Lunatic asylums Madras 1877-1891 - 1877-1891
Year: 1877
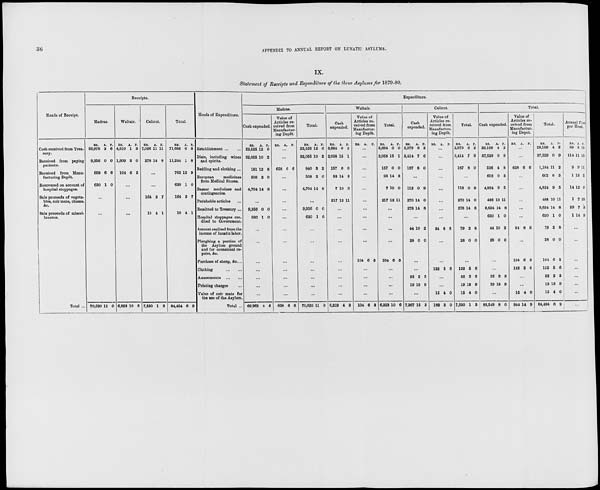
36
APPENDIX TO ANNUAL REPORT ON LUNATIC ASYLUMS.
IX.
Statement of Receipts and Expenditure of the three Asylums for 1879-80.
Heads of Receipt.
Cash received from Trea-
sury.
Received from paying
patients.
Received from Manu-
facturing Depôt.
Recovered on account of
hospital stoppages.
Sale proceeds of vegeta-
bles, coir mats, chama,
&c.
Sale proceeds of miscel-
laneous.
Total ...
Receipts.
Madras.
RS.
59,976
9,356
658
630
A.
3
0
6
1
P.
6
0
6
0
...
...
70,620 11 0
Waltair.
RS.
4,610
1,609
104
A.
1
3
6
P.
3
0
3
...
...
...
6,323 10 6
Calicut.
RS.
7,096
278
A.
11
14
P.
11
8
...
...
164
10
2
4
7
1
7,550 1 3
Total.
RS.
71,683
11,244
762
630
164
10
A.
0
1
12
1
2
4
P.
8
8
9
0
7
1
84,494 6 9
Heads of Expenditure.
Establishment
...
...
Diets, including wines
and spirits.
Bedding and clothing ...
European
medicines
from Medical Stores.
Bazaar medicines and
contingencies.
Perishable articles ...
Remitted to Treasury ...
Hospital stoppages cre-
dited to Government.
Amount realized from the
income of lunatic labor.
Ploughing a portion of
the Asylum ground
and for occasional re-
pairs, &c.
Purchase of sheep, &c....
Clothing
...
...
Amusements
...
...
Printing charges ...
Value of coir mats for
the use of the Asylum.
Total ...
Expenditure.
Madras.
Cash expended.
RS.
22,525
32,055
181
508
4,704
A.
12
10
12
2
14
P.
0
2
8
0
8
...
9,356
630
0
1
0
0
...
...
...
...
...
...
...
69,962 4 6
Value of
Articles re-
ceived from
Manufactur-
ing Depôt.
RS. A. P.
...
...
658 6 6
...
...
...
...
...
...
...
...
...
...
...
...
658 6 6
Total.
RS.
22,525
32,055
840
508
4,704
A.
12
10
3
2
14
P.
0
2
2
0
8
...
9,356
630
0
1
0
0
...
...
...
...
...
...
...
70,620 11 0
Waltair.
Cash
expended.
RS.
3,684
2,058
157
93
7
217
A.
0
15
0
14
10
12
P.
0
1
0
3
0
11
...
...
...
...
...
...
...
...
...
6,219 4 3
Value of
Articles re-
ceived from
Manufactur-
ing Depôt.
RS. A.
P.
...
...
...
...
...
...
...
...
...
...
104 6 3
...
...
...
...
104 6 3
Total.
RS.
3,684
2,058
157
93
7
217
A.
0
15
0
14
10
12
P.
0
1
0
3
0
11
...
...
...
...
104 6 3
...
...
...
6,323 10 6
Calicut.
Cash
expended.
RS.
2,979
3,414
187
A.
8
7
8
P.
2
6
0
...
112
270
278
0
14
14
9
0
8
...
44
28
10
0
2
0
...
...
32
19
2
13
3
9
...
7,367 15 3
Value of
Articles re-
ceived from
Manufactur-
ing Depôt.
RS. A. P.
...
...
...
...
...
...
...
...
34 8 6
...
...
132 5 6
...
...
15
182
4
2
0
0
Total.
RS.
2,979
3,414
187
A.
8
7
8
P.
2
6
0
...
112
270
278
0
14
14
9
0
8
...
79
28
2
0
8
0
...
132
32
19
15
7,550
5
2
13
4
1
6
3
9
0
3
Total.
Cash expended.
RS.
29,189
37,529
526
602
4,824
488
9,634
630
44
28
A.
4
0
4
0
9
10
14
1
10
0
P.
2
9
8
3
5
11
8
0
2
0
...
...
32
19
2
13
3
9
...
83,549 8 0
Value of
Articles re-
ceived from
Manufactur-
ing Depot.
RS. A. P.
...
...
658 6 6
...
...
...
...
...
34 8 6
...
104
132
6
5
3
6
...
...
15
944
4
14
0
9
Total.
RS.
29,189
37,529
1,184
602
4,824
488
9,634
630
79
28
104
132
32
19
15
84,494
A.
4
0
11
0
9
10
14
1
2
0
6
5
2
13
4
6
P.
2
9
2
3
5
11
8
0
8
0
3
6
3
9
0
9
Annual Cost
per Head.
RS.
89
114
3
1
14
1
29
1
A.
3
11
9
13
12
7
7
14
P.
10
10
11
5
0
10
3
9
...
...
...
...
...
...
...
...